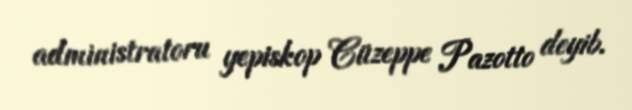
administratoru yepiskop Cüzeppe Pazotto deyib.